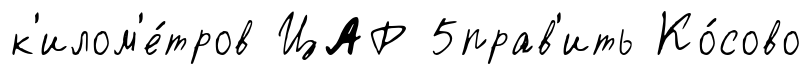
к'илом'е́тров ЦАР 5прав'ить Ко́сово